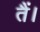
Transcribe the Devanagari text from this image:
तैं।